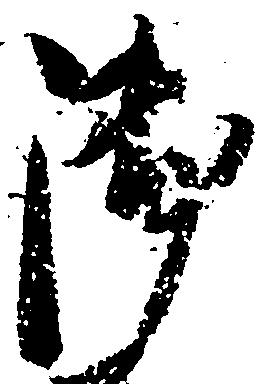
御